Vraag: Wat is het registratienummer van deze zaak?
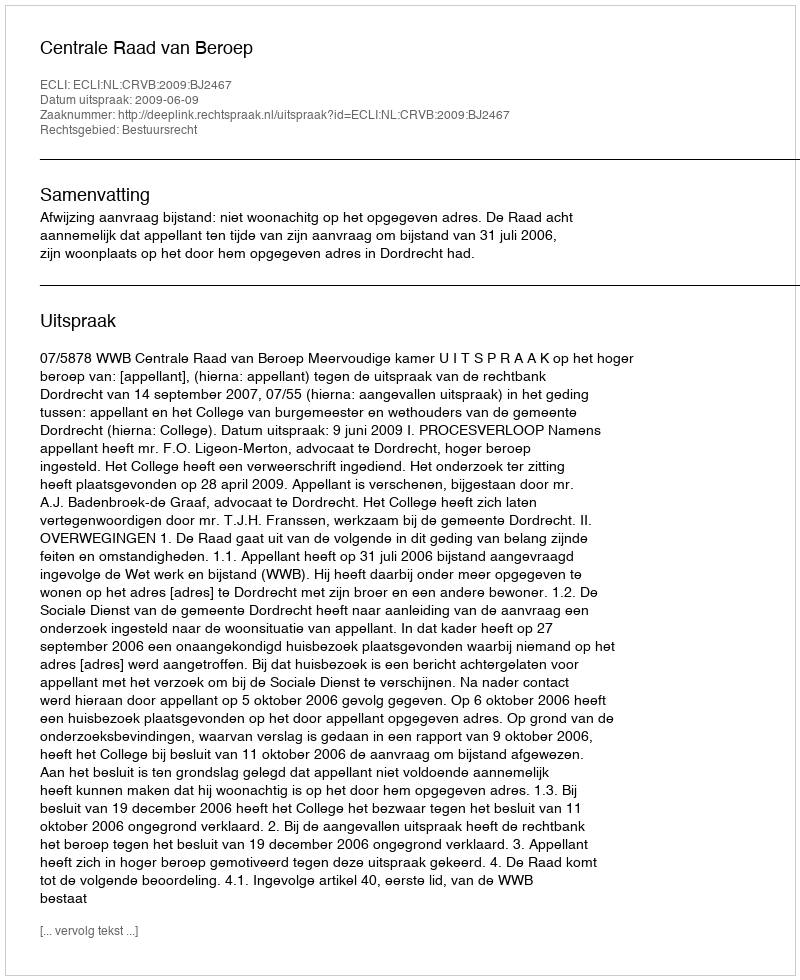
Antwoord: http://deeplink.rechtspraak.nl/uitspraak?id=ECLI:NL:CRVB:2009:BJ2467